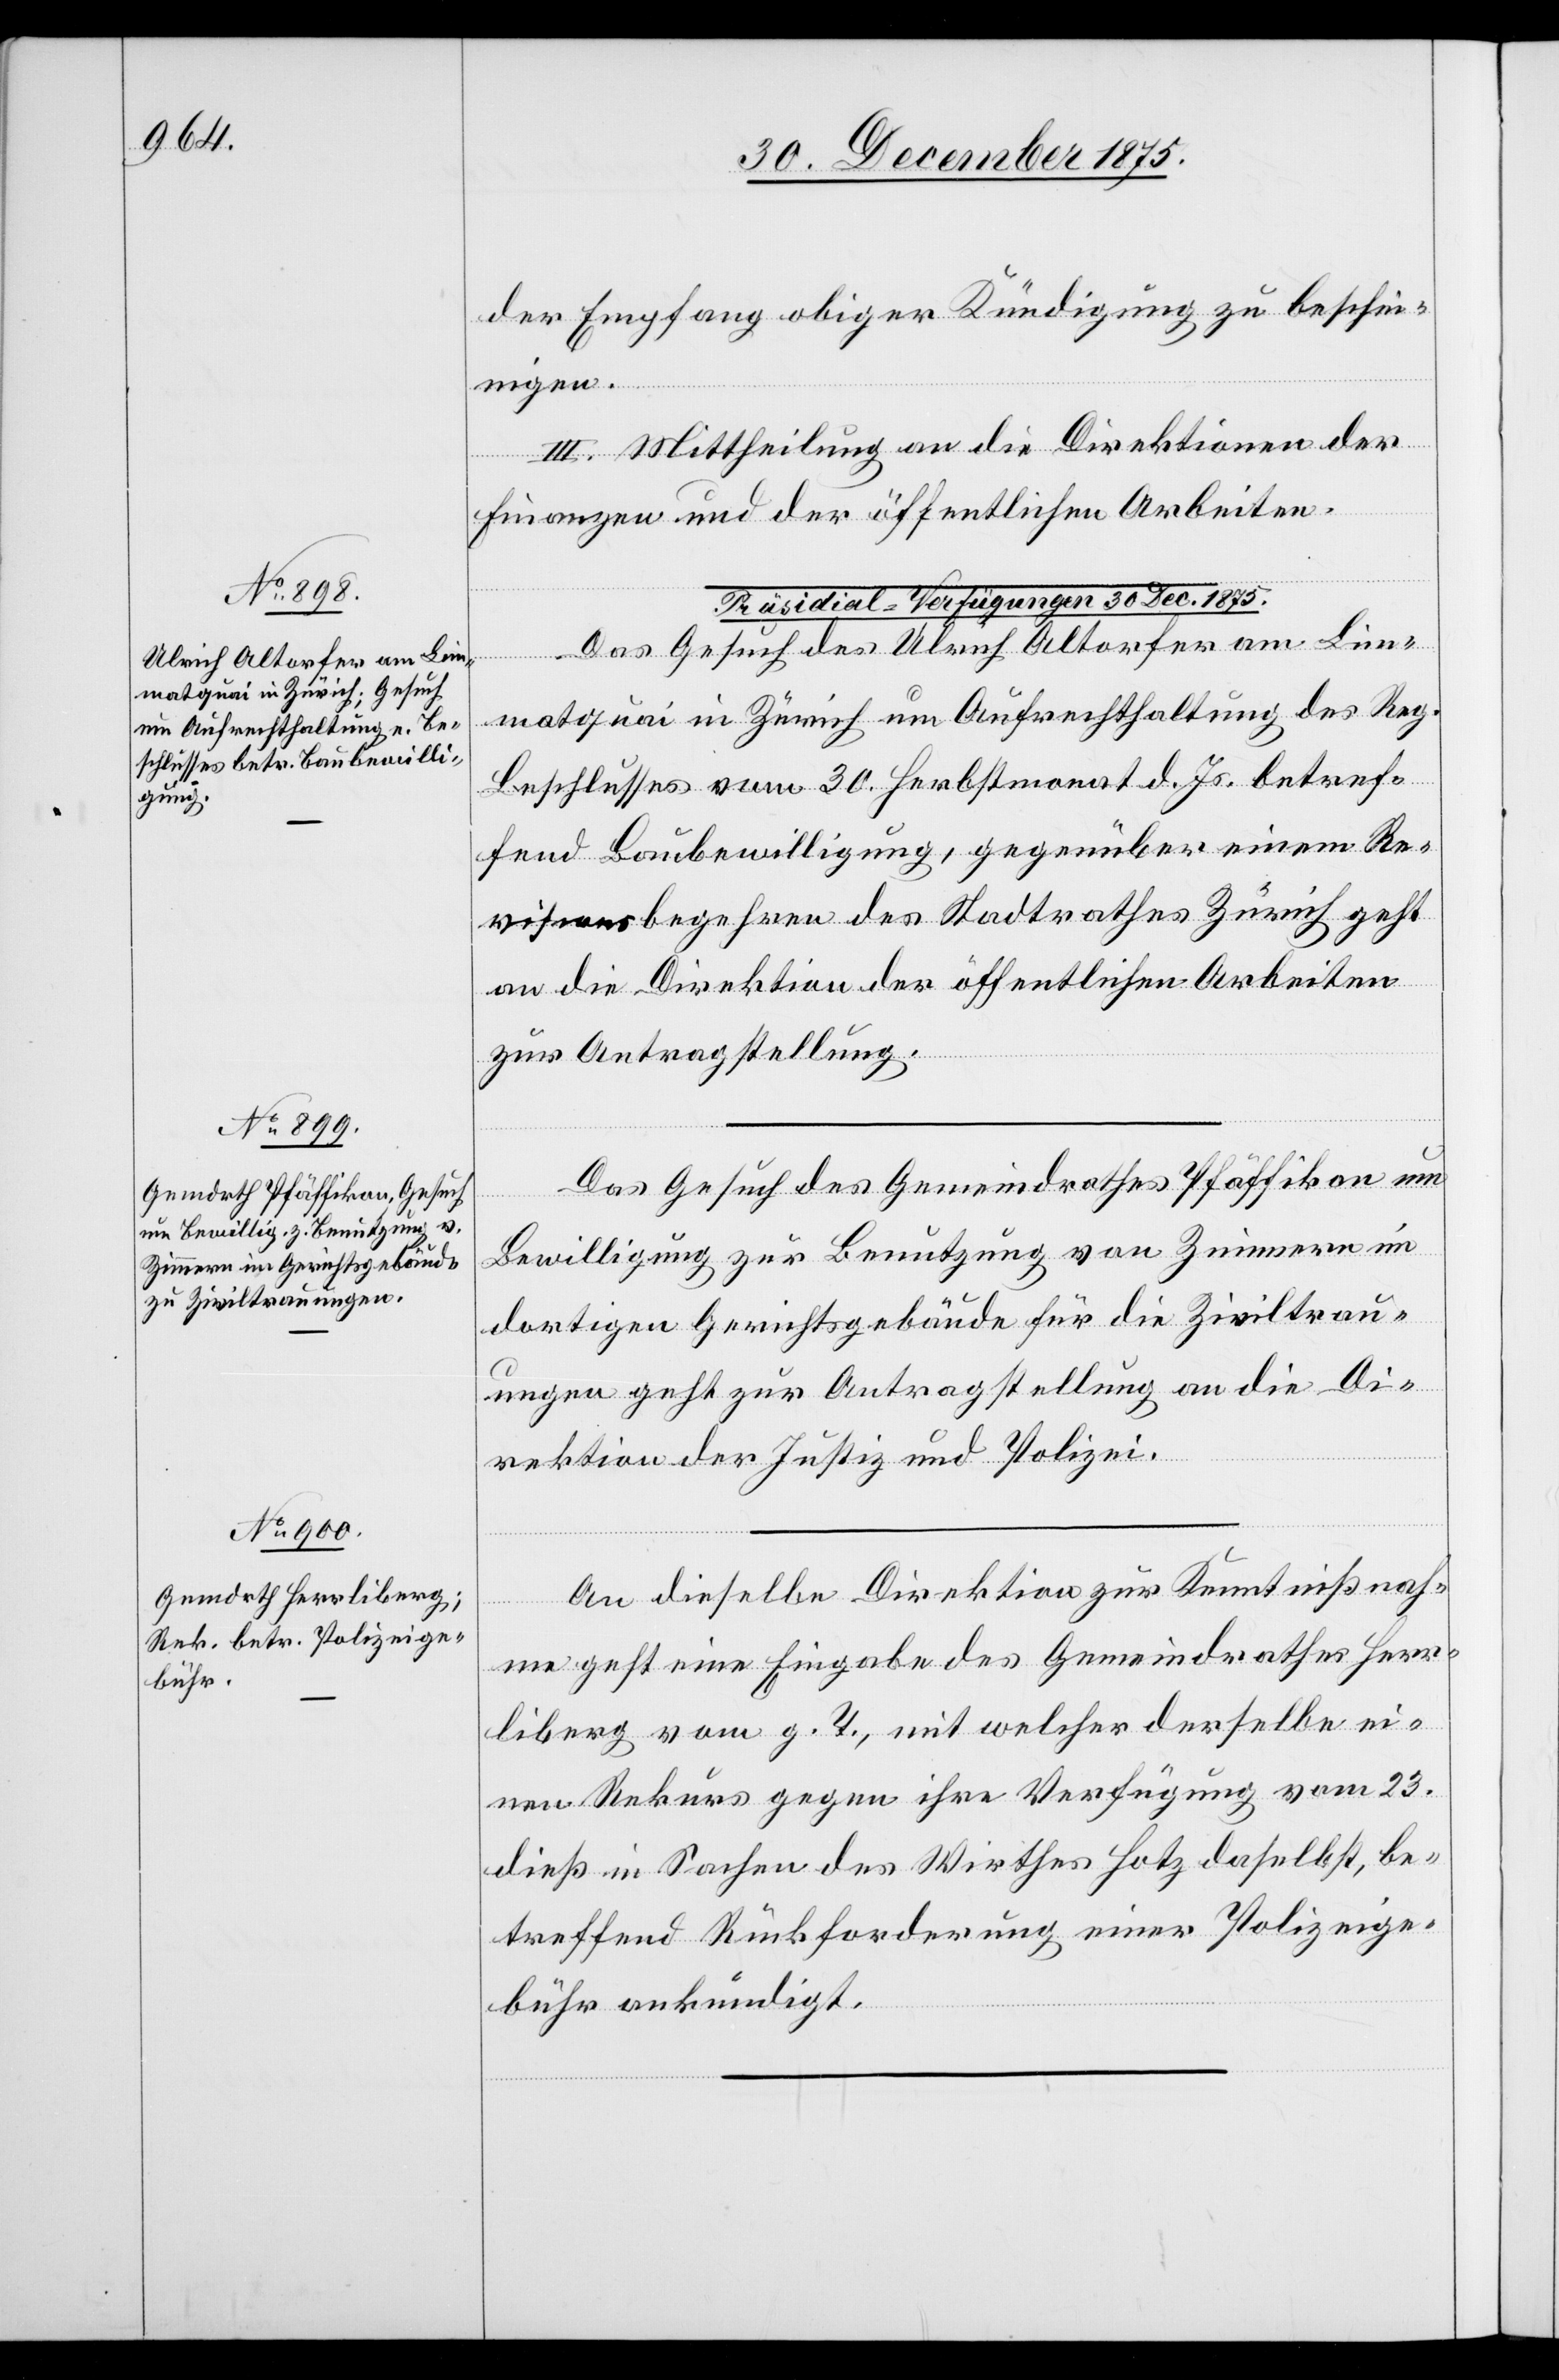
der Empfang obiger Kündigung zu beschei¬
nigen.
III. Mittheilung an die Direktion der
Finanzen und der öffentlichen Arbeiten.
Das Gesuch des Ulrich Altorfer am Lim¬
matquai in Zürich um Aufrechthaltung des Reg.
Beschlusses vom 30. Herbstmonat d. Js. betref¬
fend Baubewilligung, gegenüber einem Re¬
visionsbegehren des Stadtrathes Zürich geht
an die Direktion der öffentlichen Arbeiten
zur Antragstellung.
Das Gesuch des Gemeindrathes Pfäffikon um
Bewilligung zur Benutzung von Zimmern im
dortigen Gerichtsgebäude für die Ziviltrau¬
ungen geht zur Antragstellung an die Di¬
rektion der Justiz und Polizei.
An dieselbe Direktion zur Kenntnißnah¬
me geht eine Eingabe des Gemeindrathes Herr¬
liberg vom g. T., mit welcher derselbe ei¬
nen Rekurs gegen ihre Verfügung vom 23.
dieß in Sachen des Wirthes Hotz daselbst, be¬
treffend Rückforderung einer Polizeige¬
bühr ankündigt.